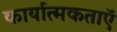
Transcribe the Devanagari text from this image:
कार्यात्मकताऍ